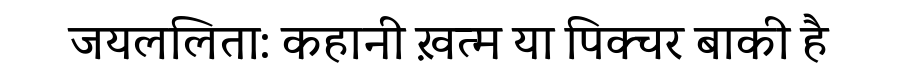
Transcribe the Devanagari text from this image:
जयललिता: कहानी ख़त्म या पिक्चर बाकी है